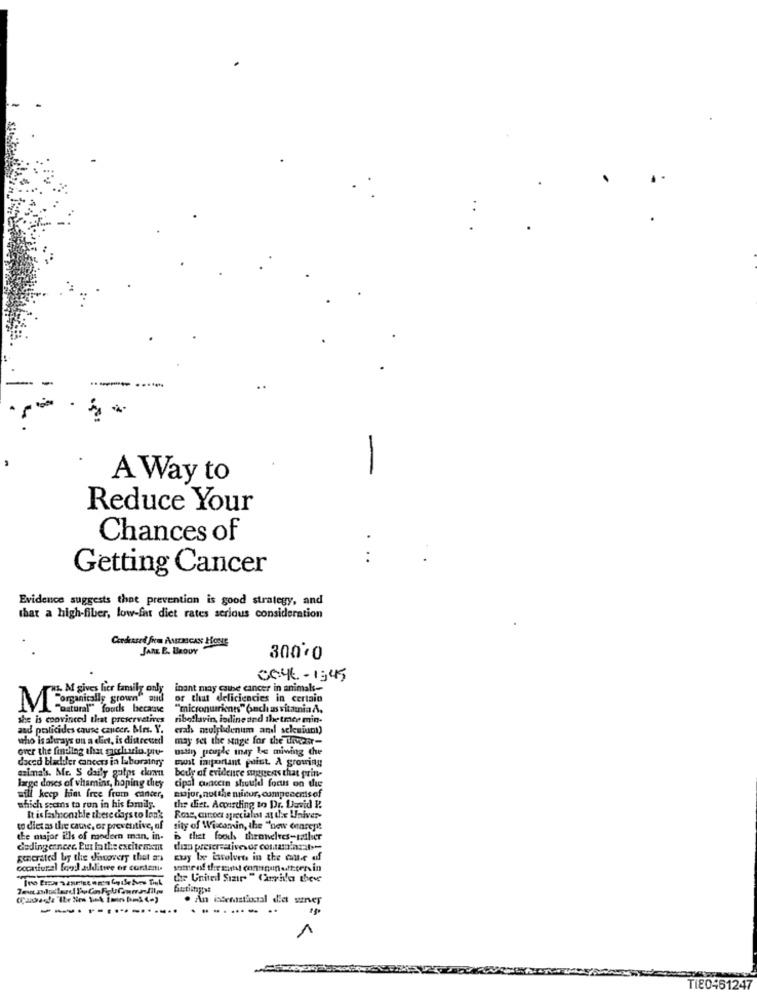
-
A Way to
Reduce Your
Chances of
..
Getting Cancer
Evidence suggests that prevention is good strategy, and
that a high-fiber, low-fat diet rates serious consideration
Corsased fica AMERICAN HONE
JARL E. BROUY
30000
CeYE - 1:45
wI. M gives hier family only
inant may cathe cancer in animal-
ically grown" and
or that deficiencies in certain
ME
"natural" foutk because
"micronutrients" Such as vitamia A.
she is coovinced that preservatives
riboflavin, lodine and the trace min-
and pesticides cause cancer. Mrs. Y.
erals molybdenum and seleniumi)
who is ahrays on a diet, is distressed
may set the sange for the waveper-
over the finaling that marchisio.pru-
usthn) peuple mnay be miwing che
daced bladiler cancers in laborainry
most important point. A growing
mina's. Mr. S daily gulps cken
body of evidence suggeas that prin-
large doses of whamins, hoping they
cipal concern should focus on the
will keep hint free from cancer,
major, notthe micur, compecents of
which secins to run in his family.
the diet. According to Dr. David P.
It is fashionable these days to lon's
Rose, cursoet aprecialist at the Univer-
to diet as the came, or preventive, of
sity of Wiscamin, the "new concept
the major ills of modern man, in-
is thet foods theonelves-sztbier
dedingernere Eut lathe excitement
disa preservatives or costaminzal=
generated by the Honovery that an
Kuy be iwolvets in the cause af
cocasiural [en] auditwe or contesti.
the United Sızır " Carrillo theve
. An intenistinctal dict survey
-----.........
1
Ti80461247